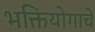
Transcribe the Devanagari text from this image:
भक्तियोगाचे